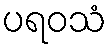
ပရဝသံ